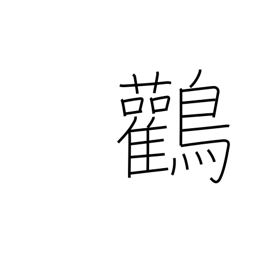
Meaning: Japanese stork